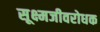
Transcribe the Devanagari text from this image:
सूक्ष्मजीवरोधक